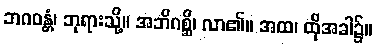
ဘဂဝန္တံ၊ ဘုရားသို့။ အဘိဂစ္ဆိ၊ လာ၏။ အထ၊ ထိုအခါ၌။